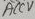
Text: ACCV